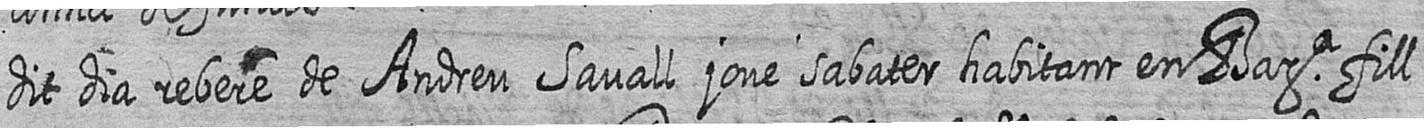
dit dia rebere de Andreu Savall jove sabater habitant en Bara fill